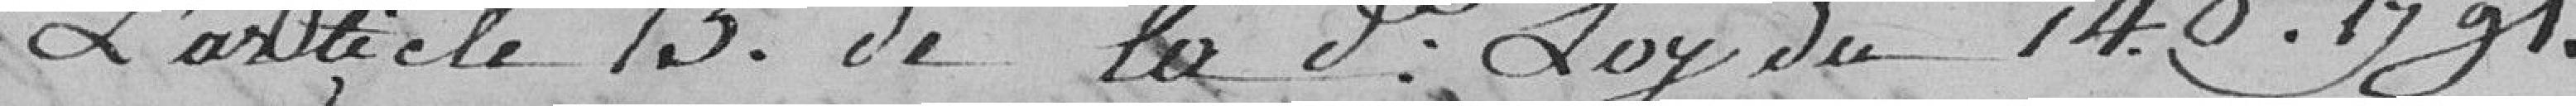
l'article 15 de la .. loy du 14.8.1991.